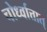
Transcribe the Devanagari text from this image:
चोर्ध्वात्तात्